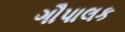
ગૌપાલક